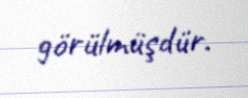
görülmüşdür.